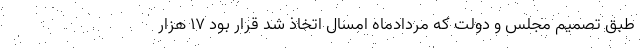
طبق تصمیم مجلس و دولت که مردادماه امسال اتخاذ شد قرار بود ۱۷ هزار